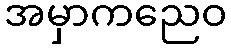
အမှာကညေဝ